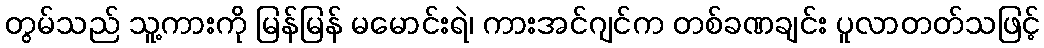
တွမ်သည် သူ့ကားကို မြန်မြန် မမောင်းရဲ၊ ကားအင်ဂျင်က တစ်ခဏချင်း ပူလာတတ်သဖြင့်